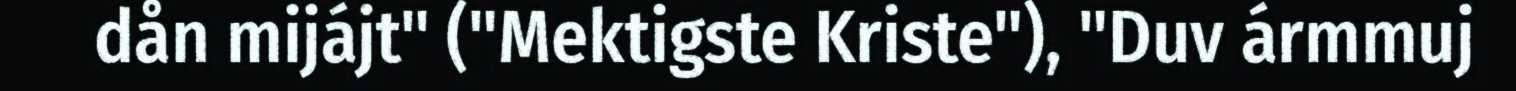
dån mijájt" ("Mektigste Kriste"), "Duv ármmuj